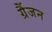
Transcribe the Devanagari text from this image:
ग्रैंजन